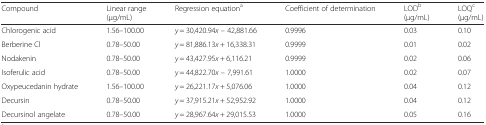
<table><thead><tr><td><b>Compound</b></td><td><b>Linear range(μg/mL)</b></td><td><b>Regression equation<sup>a</sup></b></td><td><b>Coefficient of determination</b></td><td><b>LOD<sup>b</sup>(μg/mL)</b></td><td><b>LOQ<sup>c</sup>(μg/mL)</b></td></tr></thead><tbody><tr><td>Chlorogenic acid</td><td>1.56–100.00</td><td><i>y</i> = 30,420.94<i>x</i> – 42,881.66</td><td>0.9996</td><td>0.03</td><td>0.10</td></tr><tr><td>Berberine Cl</td><td>0.78–50.00</td><td><i>y</i> = 81,886.13<i>x</i> + 16,338.31</td><td>0.9999</td><td>0.01</td><td>0.02</td></tr><tr><td>Nodakenin</td><td>0.78–50.00</td><td><i>y</i> = 43,427.95<i>x</i> + 6,116.21</td><td>0.9999</td><td>0.02</td><td>0.06</td></tr><tr><td>Isoferulic acid</td><td>0.78–50.00</td><td><i>y</i> = 44,822.70<i>x</i> – 7,991.61</td><td>1.0000</td><td>0.02</td><td>0.07</td></tr><tr><td>Oxypeucedanin hydrate</td><td>1.56–100.00</td><td><i>y</i> = 26,221.17<i>x</i> + 5,076.06</td><td>1.0000</td><td>0.04</td><td>0.12</td></tr><tr><td>Decursin</td><td>0.78–50.00</td><td><i>y</i> = 37,915.21<i>x</i> + 52,952.92</td><td>1.0000</td><td>0.04</td><td>0.12</td></tr><tr><td>Decursinol angelate</td><td>0.78–50.00</td><td><i>y</i> = 28,967.64<i>x</i> + 29,015.53</td><td>1.0000</td><td>0.05</td><td>0.16</td></tr></tbody></table>